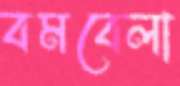
বমবেলা